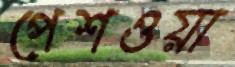
পেশওয়া